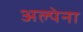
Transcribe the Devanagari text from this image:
अल्पेना